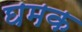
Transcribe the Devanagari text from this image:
घमक